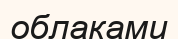
облаками